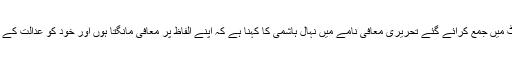
دورانِ سماعت سپریم کورٹ میں جمع کرائے گئے تحریری معافی نامے میں نہال ہاشمی کا کہنا ہے کہ اپنے الفاظ پر معافی مانگتا ہوں اور خود کو عدالت کے رحم و کرم پر چھوڑتا ہوں۔